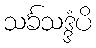
သင်္ခသဒ္ဒံပိ